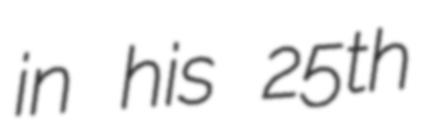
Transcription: in his 25th